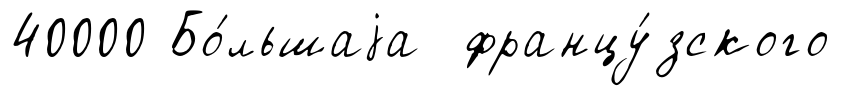
40000 Бо́льшаjа францу́зского